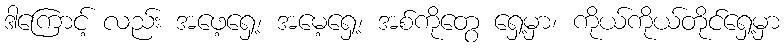
ဒါကြောင့် လည်း အဖေ့ရှေ့၊ အမေ့ရှေ့၊ အစ်ကိုတွေ ရှေ့မှာ၊ ကိုယ်ကိုယ်တိုင်ရှေ့မှာ